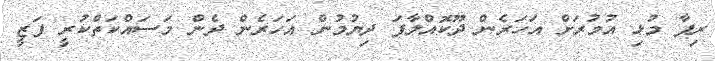
ރިފާ މުޅި އުމުރަށް އަހަރެން ދޫކޮއްލާފަ ދިޔުމުން އަހަރެން ދެން މަސައްކަތްކުރީ ފަޒީ